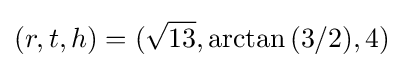
(r,t,h)=({\sqrt {13}},\arctan {(3/2)},4)